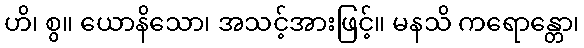
ဟိ၊ စွ။ ယောနိသော၊ အသင့်အားဖြင့်။ မနသိ ကရောန္တော၊